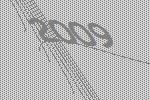
2009